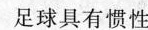
足球具有惯性